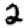
Digit: 2